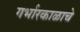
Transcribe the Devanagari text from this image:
गर्भारकाळाचे